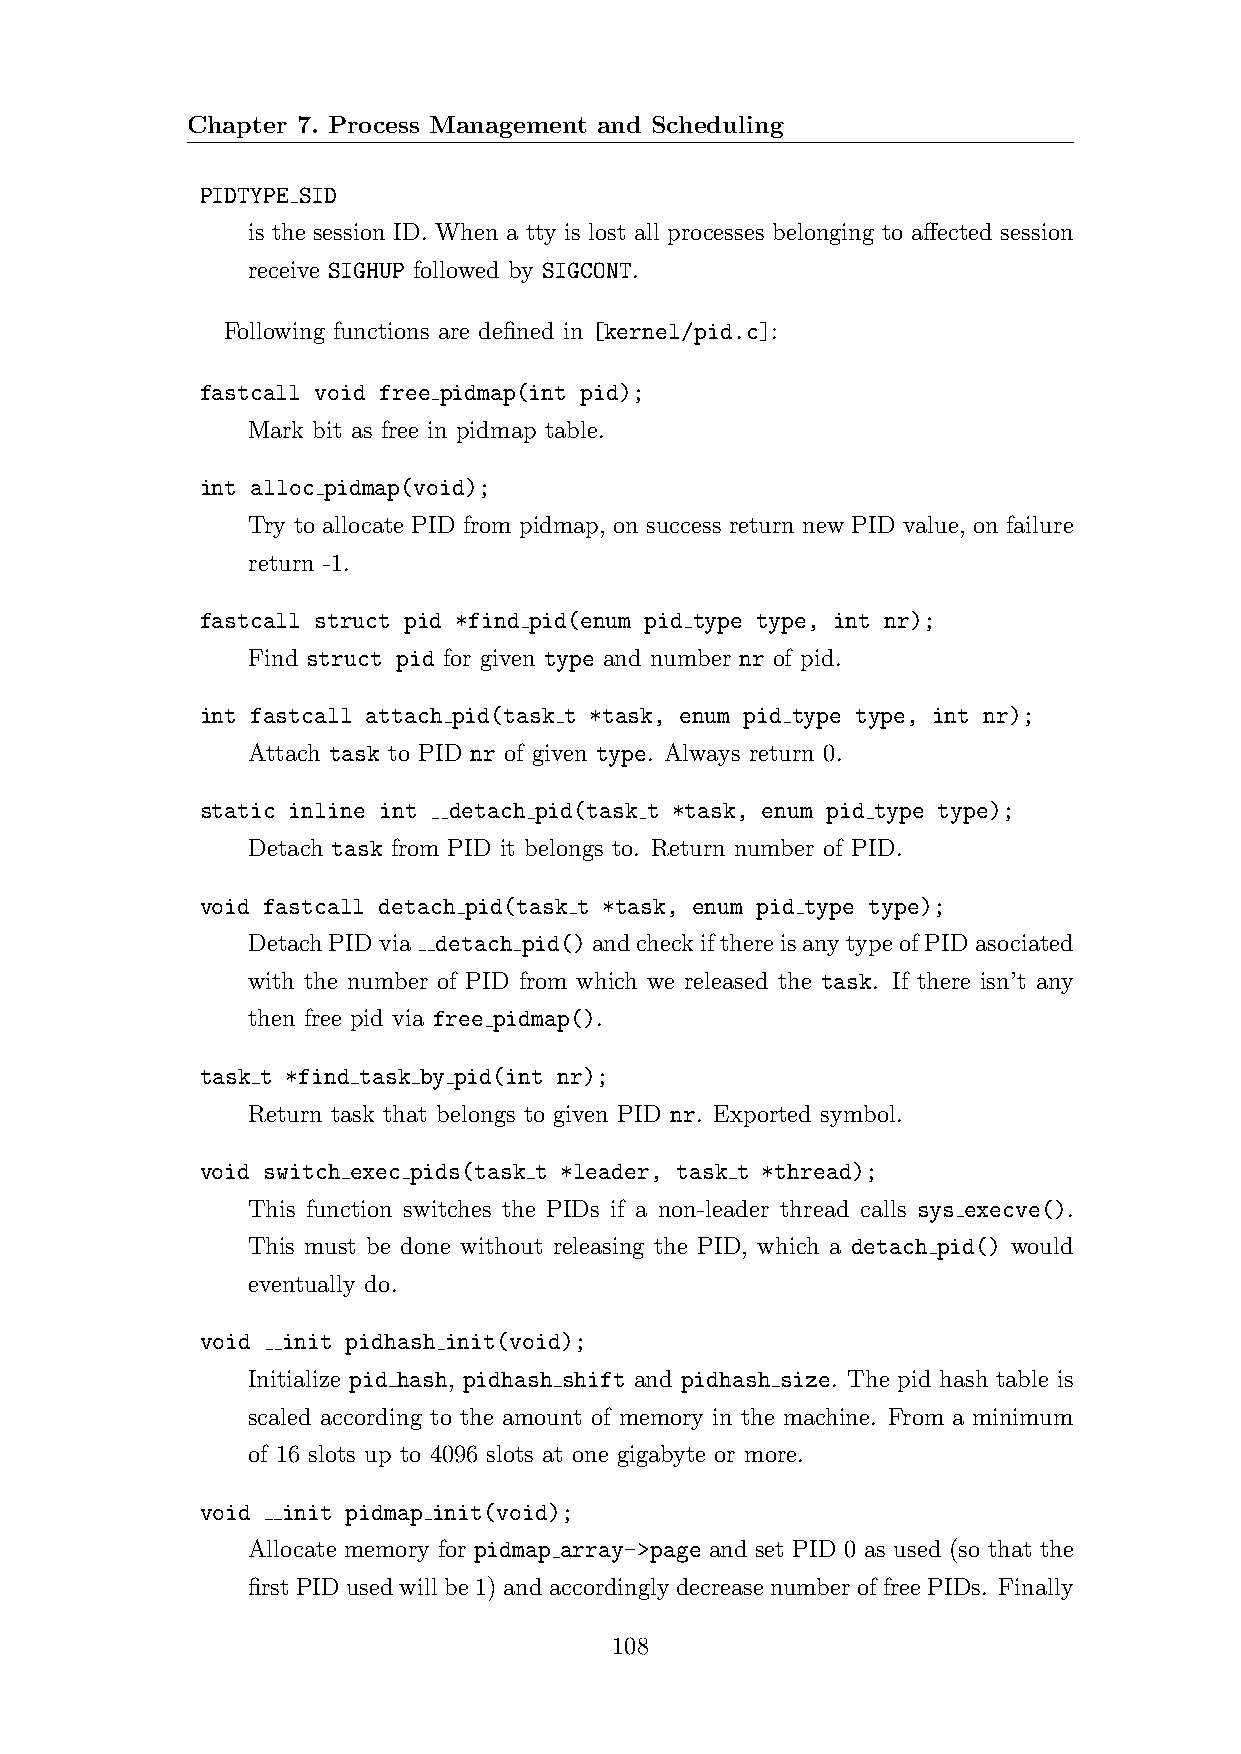
Chapter 7. Process Management and Scheduling
 PIDTYPE SID
 is the session ID. When a tty is lost all processes belonging to affected session
 receive SIGHUP followed by SIGCONT.
 Following functions are defined in [kernel/pid.c]:
 fastcall void free pidmap(int pid);
 Mark bit as free in pidmap table.
 int alloc pidmap(void);
 Try to allocate PID from pidmap, on success return new PID value, on failure
 return -1.
 fastcall struct pid *find pid(enum pid type type, int nr);
 Find struct pid for given type and number nr of pid.
 int fastcall attach pid(task t *task, enum pid type type, int nr);
 Attach task to PID nr of given type. Always return 0.
 static inline int detach pid(task t *task, enum pid type type);
 Detach task from PID it belongs to. Return number of PID.
 void fastcall detach pid(task t *task, enum pid type type);
 DetachPIDvia detach pid()andcheckifthereisanytypeofPIDasociated
 with the number of PID from which we released the task. If there isn’t any
 then free pid via free pidmap().
 task t *find task by pid(int nr);
 Return task that belongs to given PID nr. Exported symbol.
 void switch exec pids(task t *leader, task t *thread);
 This function switches the PIDs if a non-leader thread calls sys execve().
 This must be done without releasing the PID, which a detach pid() would
 eventually do.
 void  init pidhash init(void);
 Initialize pid hash, pidhash shift and pidhash size. The pid hash table is
 scaled according to the amount of memory in the machine. From a minimum
 of 16 slots up to 4096 slots at one gigabyte or more.
 void  init pidmap init(void);
 Allocate memory for pidmap array->page and set PID 0 as used (so that the
 firstPIDusedwillbe1)andaccordinglydecreasenumberoffreePIDs. Finally
 108